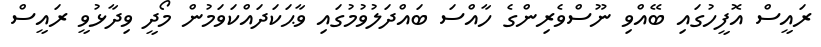
ރައީސް އޮފީހުގައި ބޭއްވި ނޫސްވެރިންގެ ހާއްސަ ބައްދަލުވުމުގައި ވާޙަކަދައްކަވަމުން މޯދީ ވިދާޅުވީ ރައީސް